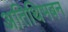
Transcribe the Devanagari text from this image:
अतिथिभबन